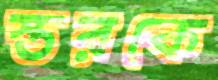
স্তরকে